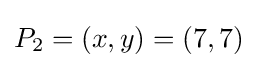
P_{2}=(x,y)=(7,7)